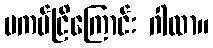
မကပ်ငြိကြောင်း ဂါထာ။